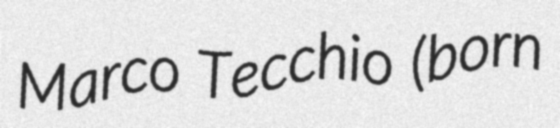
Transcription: Marco Tecchio (born